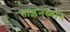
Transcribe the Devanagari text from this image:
ताड़नध्यान